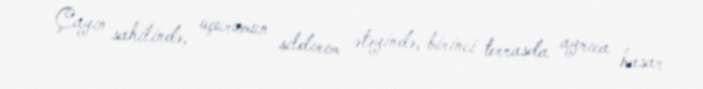
Çayın sahilində, uçurumun sıldırım ətəyində, birinci terrasda ayrıca hasar